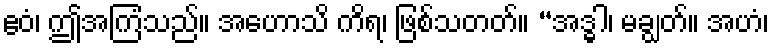
ဧဝံ၊ ဤအကြံသည်။ အဟောသိ ကိရ၊ ဖြစ်သတတ်။ “အဒ္ဓါ၊ မချွတ်။ အဟံ၊